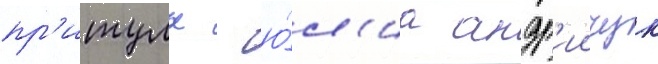
пр'итулы - ю́л'иа андр'иичук